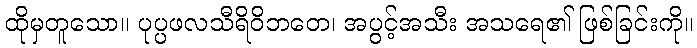
ထိုမှတူသော။ ပုပ္ပဖလသီရိဝိဘတေ၊ အပွင့်အသီး အသရေ၏ ဖြစ်ခြင်းကို။